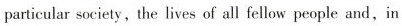
particular society ,the lives of all fellow people and,in